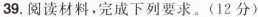
39.阅读材料，完成下列要求。(12分)